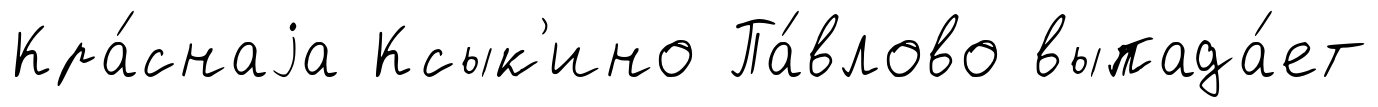
Кра́снаjа Ксык'ино Па́влово выпада́ет